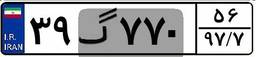
۳۹گ۷۷۰۵۶